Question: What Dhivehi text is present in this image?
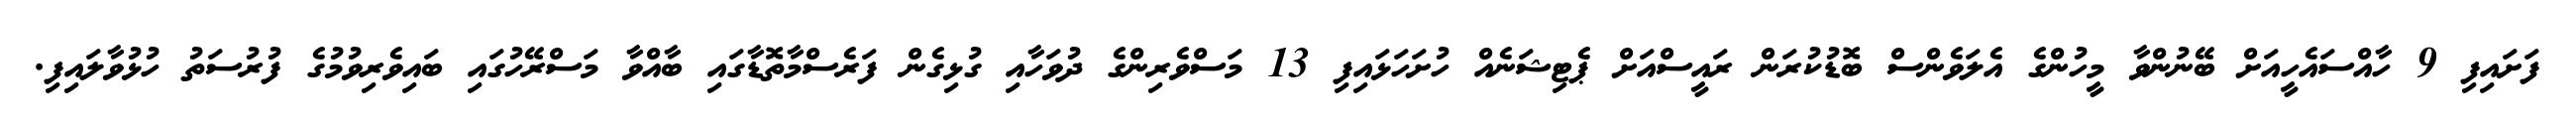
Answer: ފަށައިފި 9 ހާއްސައެހީއަށް ބޭނުންވާ މީހުންގެ އެލަވެންސް ބޮޑުކުރަން ރައީސްއަށް ޕެޓިޝަނެއް ހުށަހަޅައިފި 13 މަސްވެރިންގެ ދުވަހާއި ގުޅިގެން ފަރެސްމާތޮޑާގައި ބާއްވާ މަސްރޭހުގައި ބައިވެރިވުމުގެ ފުރުސަތު ހުޅުވާލައިފި.